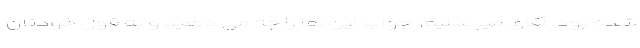
شده بود. آقای میر سلیم! جواب این ها را چه می دهید و به قول خودتان